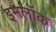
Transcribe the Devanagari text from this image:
इमलॉक